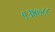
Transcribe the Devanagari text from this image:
१३४७८८